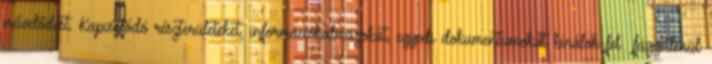
művelődést. Kapcsolódó részterületeket, információhalmazokat, egyedi dokumentumokat kínálok fel függetlenül